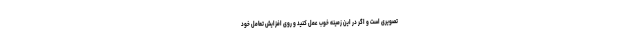
تصویری است و اگر در این زمینه خوب عمل کنید و روی افزایش تعامل خود